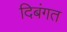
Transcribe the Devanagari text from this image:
दिबंगत